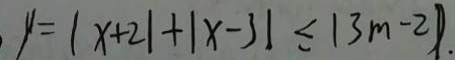
y = \vert x + 2 \vert + \vert x - 3 \vert \leq \vert 3 m - 2 \vert